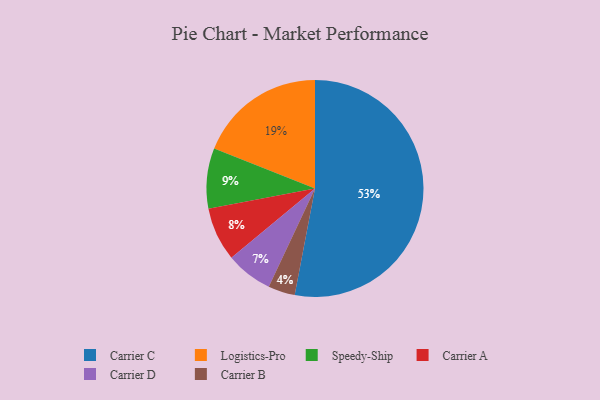
{"axis": {"x": "Category", "y": "Percentage"}, "legend": ["Carrier A", "Carrier B", "Carrier C", "Carrier D", "Logistics-Pro", "Speedy-Ship"], "data": [{"x": "Carrier A", "y": 8, "type": "Carrier A"}, {"x": "Carrier C", "y": 53, "type": "Carrier C"}, {"x": "Carrier B", "y": 4, "type": "Carrier B"}, {"x": "Speedy-Ship", "y": 9, "type": "Speedy-Ship"}, {"x": "Carrier D", "y": 7, "type": "Carrier D"}, {"x": "Logistics-Pro", "y": 19, "type": "Logistics-Pro"}]}